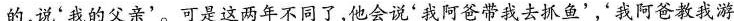
的，说'我的父亲’。可是这两年不同了，他会说'我阿爸带我去抓鱼’，我阿爸教我游